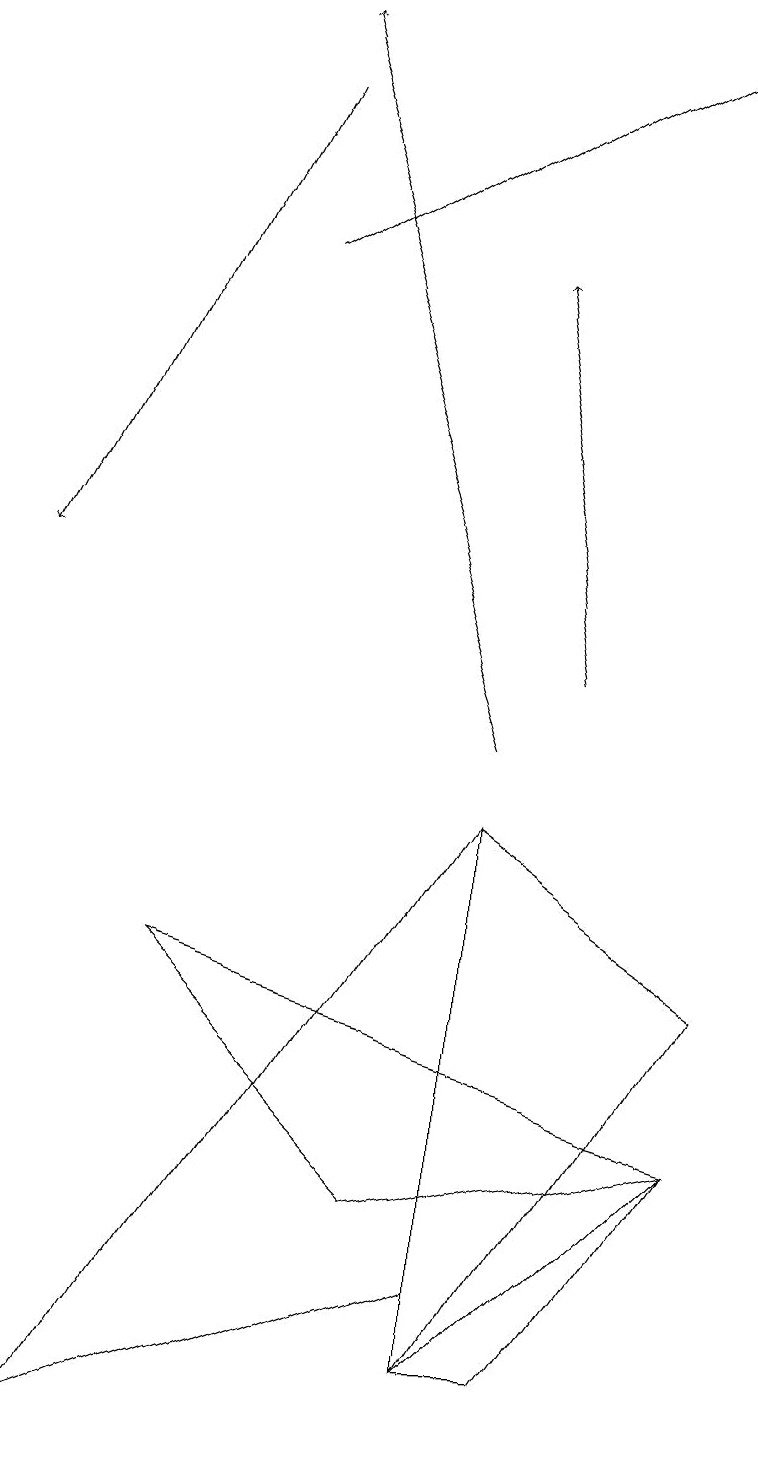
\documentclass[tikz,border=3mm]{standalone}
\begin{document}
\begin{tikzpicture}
\draw (1,1) -- (6,3) -- (6,9) -- cycle;
\draw (9,5) -- (6,2) -- (7,2) -- cycle;
\draw (5,4) -- (2,7) -- (9,5) -- cycle;
\draw[->] (7,11) -- (6,16);
\draw[->] (3,16) -- (8,19);
\draw[->] (6,10) -- (3,19);
\draw (9,7) -- (6,9) -- (6,2) -- cycle;
\draw[->] (3,18) -- (0,12);
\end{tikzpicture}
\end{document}